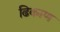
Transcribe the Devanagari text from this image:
ढिकाण